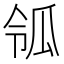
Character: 𤫲